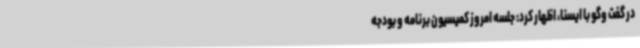
در گفت وگو با ایسنا، اظهار کرد: جلسه امروز کمیسیون برنامه و بودجه